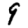
Digit: 9